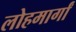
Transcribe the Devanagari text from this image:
लोहमार्गां